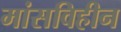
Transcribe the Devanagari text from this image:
मांसविहीन